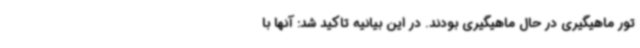
تور ماهیگیری در حال ماهیگیری بودند. در این بیانیه تاکید شد: آنها با